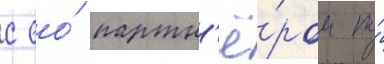
с ео́ партн'ё́ром по́